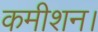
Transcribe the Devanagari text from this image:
कमीशन।